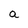
Character: a